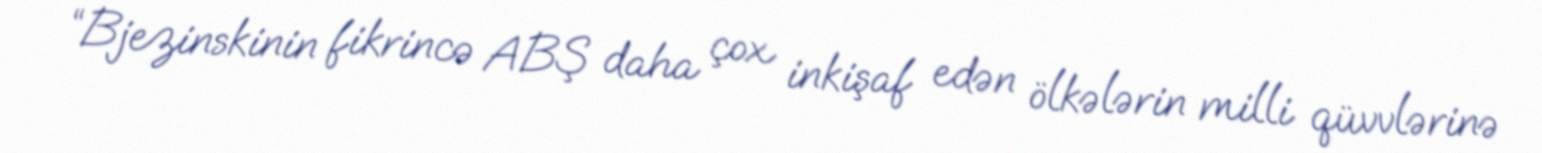
“Bjezinskinin fikrincə ABŞ daha çox inkişaf edən ölkələrin milli qüvvlərinə